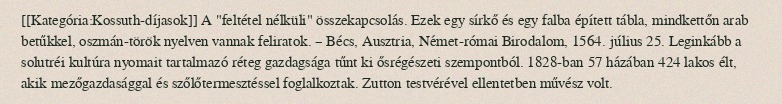
[[Kategória:Kossuth-díjasok]] A "feltétel nélküli" összekapcsolás. Ezek egy sírkő és egy falba épített tábla, mindkettőn arab betűkkel, oszmán-török nyelven vannak feliratok. – Bécs, Ausztria, Német-római Birodalom, 1564. július 25. Leginkább a solutréi kultúra nyomait tartalmazó réteg gazdagsága tűnt ki ősrégészeti szempontból. 1828-ban 57 házában 424 lakos élt, akik mezőgazdasággal és szőlőtermesztéssel foglalkoztak. Zutton testvérével ellentetben művész volt.